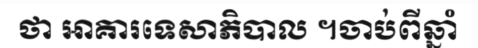
ថា អាគារទេសាភិបាល ។ចាប់ពីឆ្នាំ